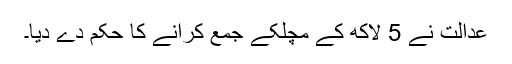
عدالت نے 5 لاکھ کے مچلکے جمع کرانے کا حکم دے دیا۔